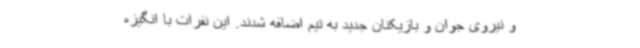
و نیروی جوان و بازیکنان جدید به تیم اضافه شدند. این نفرات با انگیزه